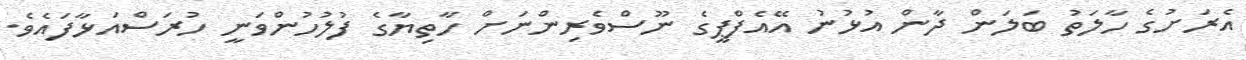
އެރަށުގެ ހާލަތު ބަލަން ދާން އުޅުނު އޭއެފްޕީގެ ނޫސްވެރިންނަށް ހާތިޔާގެ ފުލުހުންވަނީ ހުރަސްއަޅާފައެވެ.